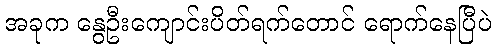
အခုက နွေဦးကျောင်းပိတ်ရက်တောင် ရောက်နေပြီပဲ